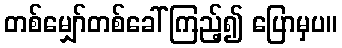
တစ်မျှော်တစ်ခေါ် ကြည့်၍ ပြောမှပ။